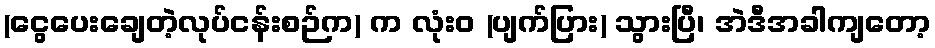
(ငွေပေးချေတဲ့လုပ်ငန်းစဉ်က) က လုံးဝ (ပျက်ပြား) သွားပြီ၊ အဲဒီအခါကျတော့